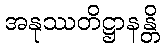
အနုဿတိဋ္ဌာနန္တိ